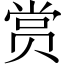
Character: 赏